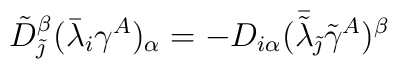
\tilde{D}_{\tilde{\jmath}}^{\beta}(\bar{\lambda}_{i}\gamma^{A})_{\alpha}=-D_{i\alpha}(\bar{\tilde{\lambda}}_{\tilde{\jmath}}\tilde{\gamma}^{A})^{\beta}